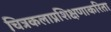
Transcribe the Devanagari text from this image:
चित्रकलाप्रशिक्षणाकरिता